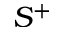
S ^ { + }